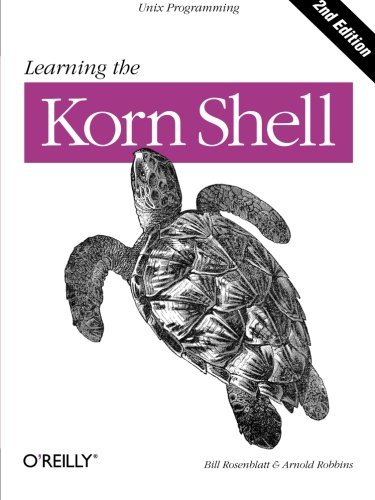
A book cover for Learning the Korn Shell (2nd Edition); Arnold Robbins; Computers & Technology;